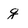
Character: g